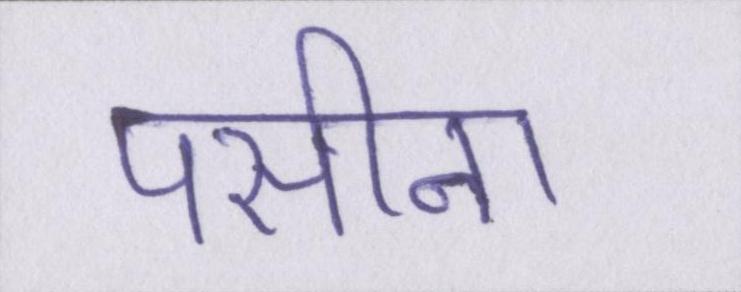
पसीना